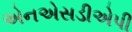
એનએસડીએપી